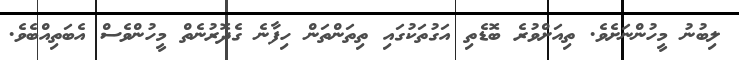
ލިބުނު މީހުންނަށެވެ. ތިއަށްވުރެ ބޮޑެތި އަގުތަކުގައި ތިތަންތަން ހިފާނެ ގެދޮރުނެތް މީހުންވެސް އެބަތިއްބެވެ.